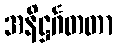
အနိဋ္ဌင်္ဂတတာ